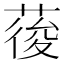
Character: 𮐒